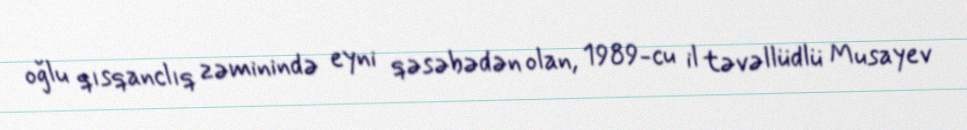
oğlu qısqanclıq zəminində eyni qəsəbədən olan, 1989-cu il təvəllüdlü Musayev